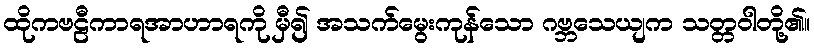
ထိုကဗဠီကာရအာဟာရကို မှီ၍ အသက်မွေးကုန်သော ဂဗ္ဘသေယျက သတ္တဝါတို့၏။